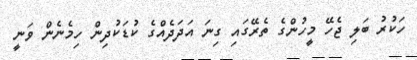
ހަކުރު ބަލި ޖެހޭ މީހުންގެ ތެރޭގައި ގިނަ އަދަދެއްގެ ކުޑަކުދިން ހިމެނެން ވަނީ